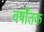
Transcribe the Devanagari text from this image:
वर्षोंतक